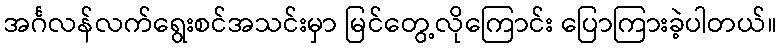
အင်္ဂလန်လက်ရွေးစင်အသင်းမှာ မြင်တွေ့လိုကြောင်း ပြောကြားခဲ့ပါတယ်။